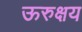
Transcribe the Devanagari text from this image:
ऊरुक्षय